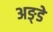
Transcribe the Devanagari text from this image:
अङ्डे